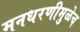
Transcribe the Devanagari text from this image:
मनधरणीमुळेच